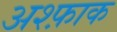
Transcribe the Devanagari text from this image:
अश्फ़ाक